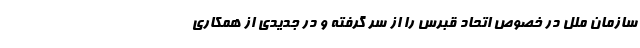
سازمان ملل در خصوص اتحاد قبرس را از سر گرفته و در جدیدی از همکاری